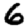
Digit: 6